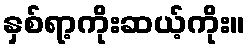
နှစ်ရာ့ကိုးဆယ့်ကိုး။